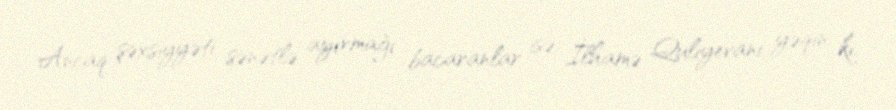
Ancaq şəxsiyyəti sənətlə ayırmağı bacaranlar isə, İlhamə Quliyevanı yəqin ki,